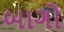
બાગો